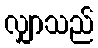
လျှာသည်